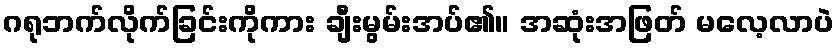
ဂရုဘက်လိုက်ခြင်းကိုကား ချီးမွမ်းအပ်၏။ အဆုံးအဖြတ် မလေ့လာပဲ